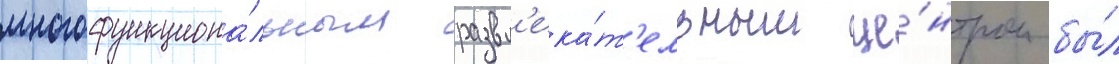
многофункциона́льным развл'ека́т'ельным це́нтром бы́л